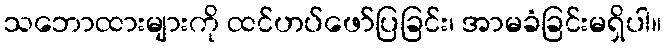
သဘောထားများကို ထင်ဟပ်ဖော်ပြခြင်း၊ အာမခံခြင်းမရှိပါ။